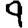
Digit: 9